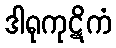
ဒါရုကုဋိကံ